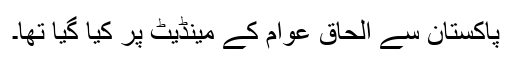
پاکستان سے الحاق عوام کے مینڈیٹ پر کیا گیا تھا۔